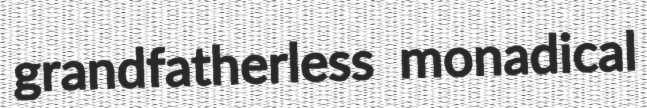
grandfatherless monadical